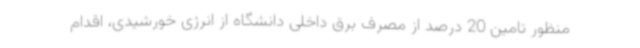
منظور تامین 20 درصد از مصرف برق داخلی دانشگاه از انرژی خورشیدی، اقدام